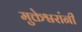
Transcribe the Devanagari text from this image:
मुक्तेश्वरांनी